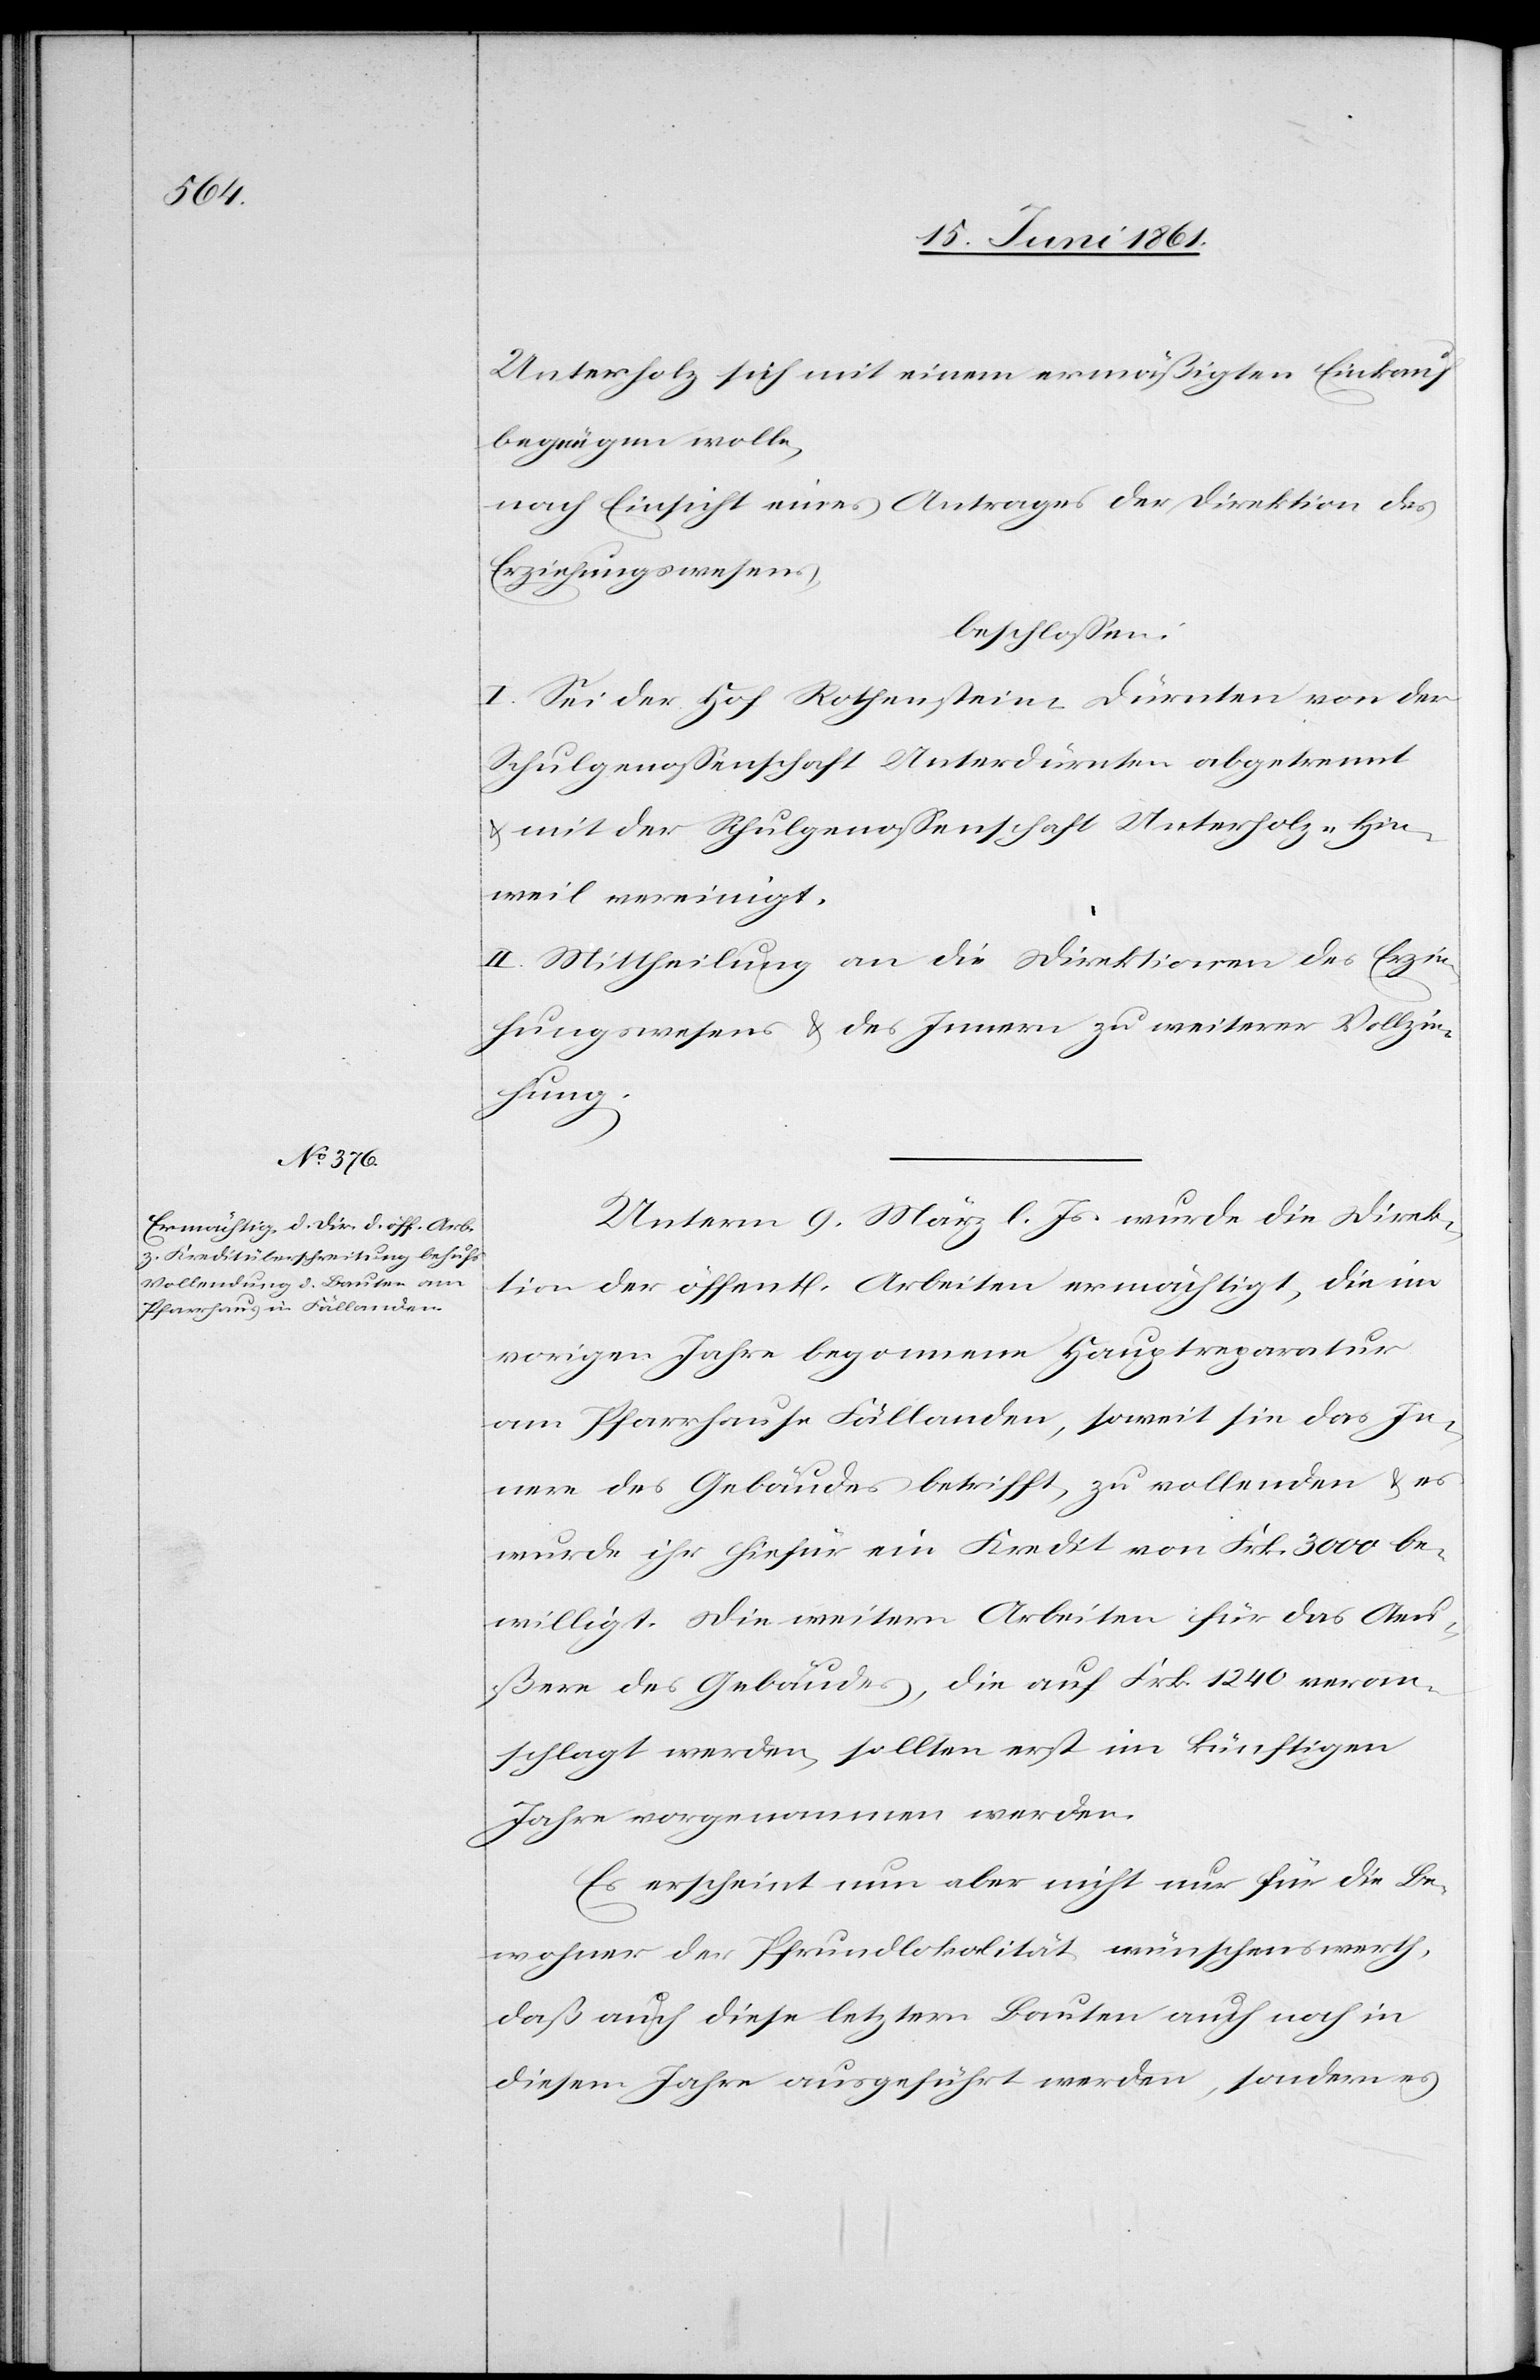
Unterholz sich mit einem ermäßigten Einkauf
begnügen wolle,
nach Einsicht eines Antrages der Direktion des
Erziehungswesens,
beschlossen:
I. Sei der Hof Rothenstein-Dürnten von der
Schulgenossenschaft Unterdürnten abgetrennt
u. mit der Schulgenossenschaft Unterholz-Hin¬
weil vereinigt.
II. Mittheilung an die Direktion des Erzie¬
hungswesens u. des Innern zu weiterer Vollzie¬
hung.
Unterm 9. März l. Js. wurde die Direk¬
tion der öffentl. Arbeiten ermächtigt, die im
vorigen Jahre begonnene Hauptreparatur
am Pfarrhause Fällanden, soweit sie das In¬
nere des Gebäudes betrifft, zu vollenden u. es
wurde ihr hiefür ein Kredit von Frk. 3000 be¬
willigt. Die weitern Arbeiten für das Aeu¬
ßere des Gebäudes, die auf Frk. 1240 veran¬
schlagt werden, sollten erst im künftigen
Jahre vorgenommen werden.
Es erscheint nun aber nicht nur für die Be¬
wohner der Pfrundlokalität wünschenswerth,
daß auch diese letztern Bauten auch noch in
diesem Jahre ausgeführt werden, sondern es